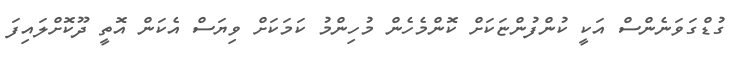
ގުޑްގަވަނެންސް އަކީ ކުންފުންޏަކަށް ކޮންމެހެން މުހިންމު ކަމަކަށް ވިޔަސް އެކަން އޮތީ ދޫކޮށްލައިފަ